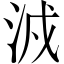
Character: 㳚